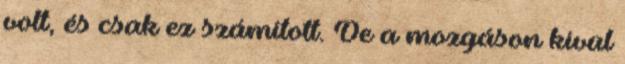
volt, és csak ez számított. De a mozgáson kívül